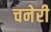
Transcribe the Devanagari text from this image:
चनेरी